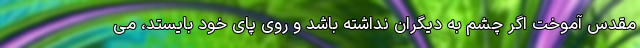
مقدس آموخت اگر چشم به دیگران نداشته باشد و روی پای خود بایستد، می